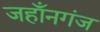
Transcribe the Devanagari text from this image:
जहाँनगंज